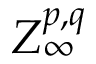
Z _ { \infty } ^ { p , q }